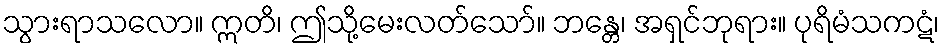
သွားရာသလော။ ဣတိ၊ ဤသို့မေးလတ်သော်။ ဘန္တေ၊ အရှင်ဘုရား။ ပုရိမံသကဋံ၊